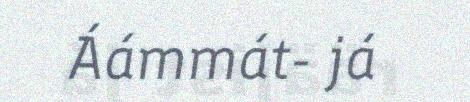
Áámmát- já